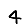
Digit: 4